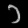
Digit: ၁